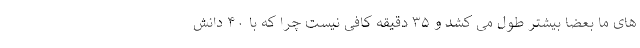
های ما بعضا بیشتر طول می کشد و ۳۵ دقیقه کافی نیست چرا که با ۴۰ دانش